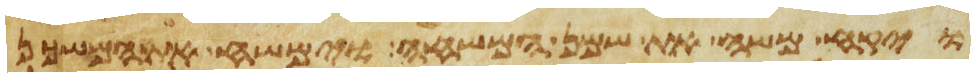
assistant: ויקח משה את שמן המשחה וימשח את המשכן